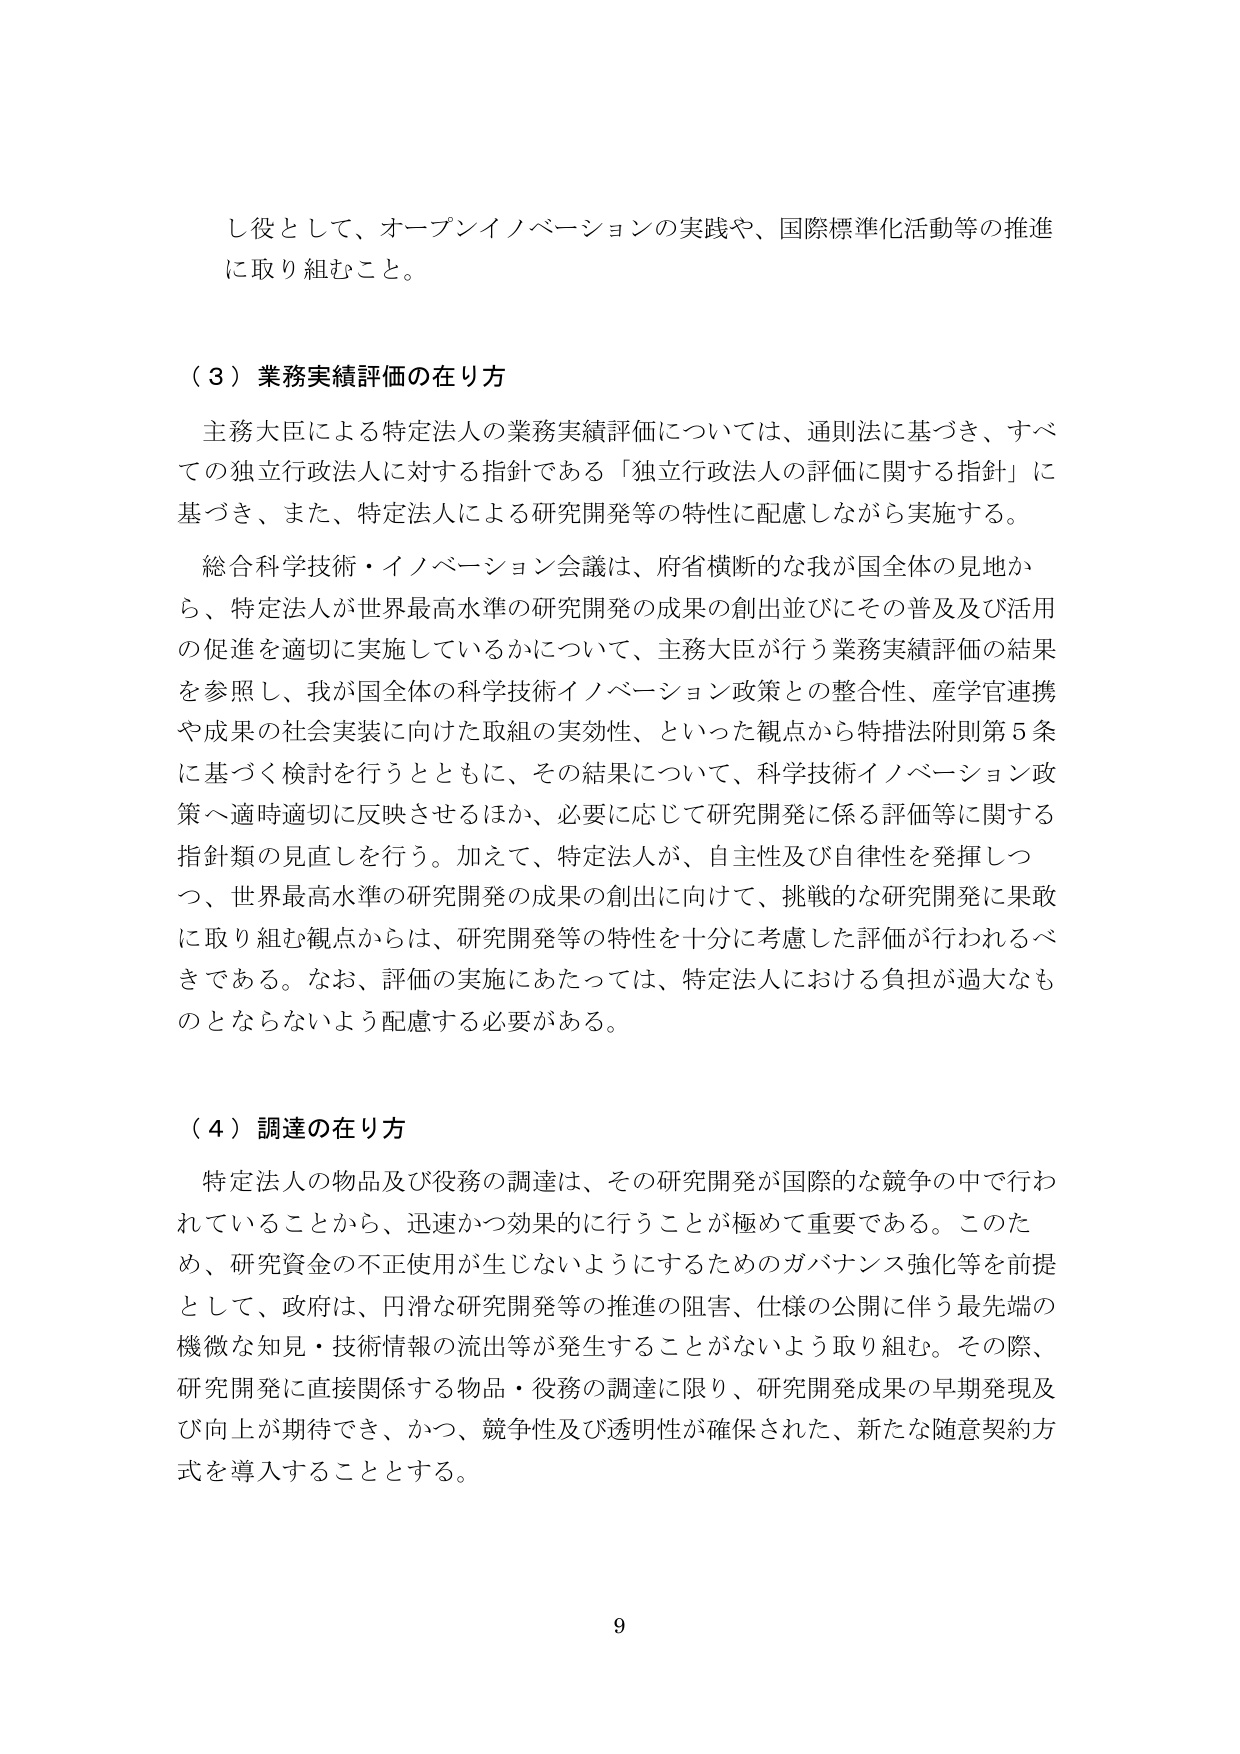
し役として、オープンイノベーションの実践や、国際標準化活動等の推進に取り組むこと。

（３）業務実績評価の在り方

主務大臣による特定法人の業務実績評価については、通則法に基づき、すべての独立行政法人に対する指針である「独立行政法人の評価に関する指針」に基づき、また、特定法人による研究開発等の特性に配慮しながら実施する。

総合科学技術・イノベーション会議は、府省横断的な我が国全体の見地から、特定法人が世界最高水準の研究開発の成果の創出並びにその普及及び活用の促進を適切に実施しているかについて、主務大臣が行う業務実績評価の結果を参照し、我が国全体の科学技術イノベーション政策との整合性、産学官連携や成果の社会実装に向けた取組の実効性、といった観点から特措法附則第５条に基づく検討を行うとともに、その結果について、科学技術イノベーション政策へ適時適切に反映させるほか、必要に応じて研究開発に係る評価等に関する指針類の見直しを行う。加えて、特定法人が、自主性及び自律性を発揮しつつ、世界最高水準の研究開発の成果の創出に向けて、挑戦的な研究開発に果敢に取り組む観点からは、研究開発等の特性を十分に考慮した評価が行われるべきである。なお、評価の実施にあたっては、特定法人における負担が過大なものとならないよう配慮する必要がある。

（４）調達の在り方

特定法人の物品及び役務の調達は、その研究開発が国際的な競争の中で行われていることから、迅速かつ効果的に行うことが極めて重要である。このため、研究資金の不正使用が生じないようにするためのガバナンス強化等を前提として、政府は、円滑な研究開発等の推進の阻害、仕様の公開に伴う最先端の機微な知見・技術情報の流出等が発生することがないよう取り組む。その際、研究開発に直接関係する物品・役務の調達に限り、研究開発成果の早期発現及び向上が期待でき、かつ、競争性及び透明性が確保された、新たな随意契約方式を導入することとする。

9